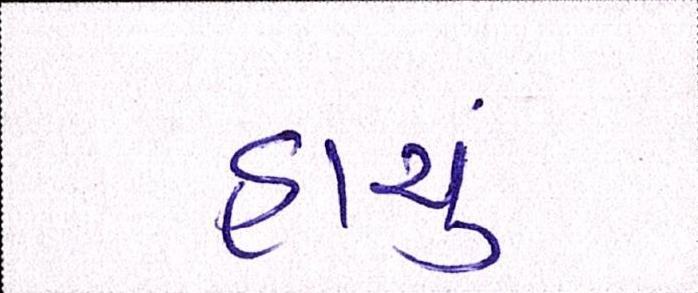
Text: હાચું